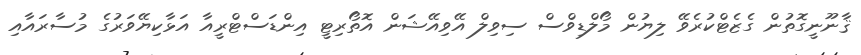
ޤާނޫނީގޮތުން ގެޒެޓްކުރެވޭ ލިޔުން މޯލްޑިވްސް ސިވިލް އޭވިއޭޝަން އޮތޯރިޓީ އިންޑަސްޓްރީއާ އަޅާކިޔޭވަރުގެ މުސާރައާއި